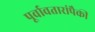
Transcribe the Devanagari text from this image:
पूर्वावतारांपैकी